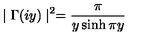
\mid \Gamma ( i y ) \mid ^ { 2 } = \frac \pi { y \sinh \pi y }